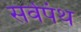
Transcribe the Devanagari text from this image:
सर्वपंथ